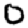
Digit: 0